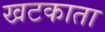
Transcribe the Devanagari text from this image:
खटकाता